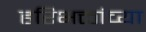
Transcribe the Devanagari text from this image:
हरिभक्तांच्या